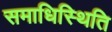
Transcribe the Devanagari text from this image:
समाधिस्थिति